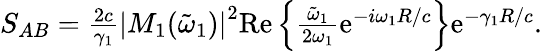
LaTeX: \begin{array}{r}{S_{AB}=\frac{2c}{\gamma_{1}}\left|M_{1}(\tilde{\omega}_{1})\right|^{2}\mathrm{Re}\left\{ \frac{\tilde{\omega}_{1}}{2\omega_{1}}\mathrm{e}^{-i\omega_{1}R/c}\right\} \mathrm{e}^{-\gamma_{1}R/c}.}\end{array}